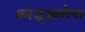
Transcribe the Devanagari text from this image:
कॉजूआरीना